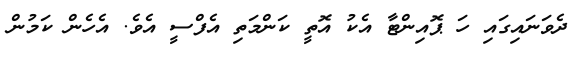
ދެވަނައިގައި ހަ ޕޮއިންޓާ އެކު އޮތީ ކަންމަތި އެފްސީ އެވެ. އެހެން ކަމުން